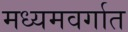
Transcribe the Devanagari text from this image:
मध्यमवर्गात